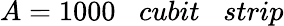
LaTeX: A=1000\; \; \; cubit\; \; \; strip